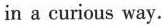
in a curious way.